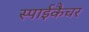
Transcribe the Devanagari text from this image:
स्पाईकैचर